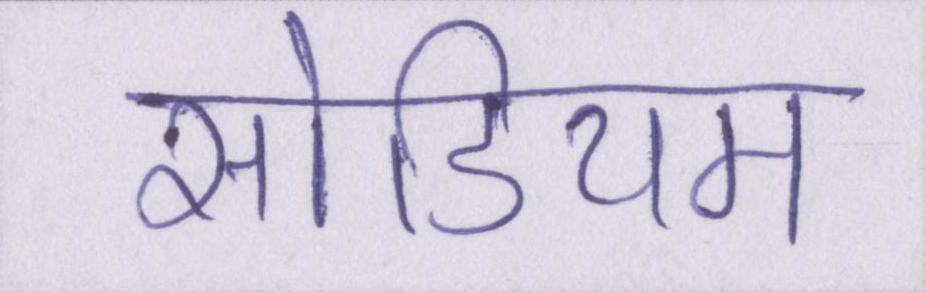
सोडियम